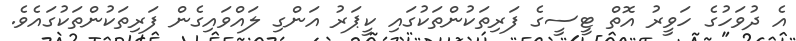
އެ ދުވަހުގެ ހަވީރު އޮތް ޓީސީގެ ފަރިތަކުންތަކުގައި ކީޕަރު އަންގި ލައްވައިގެން ފަރިތަކުންތަކުގައެވެ.